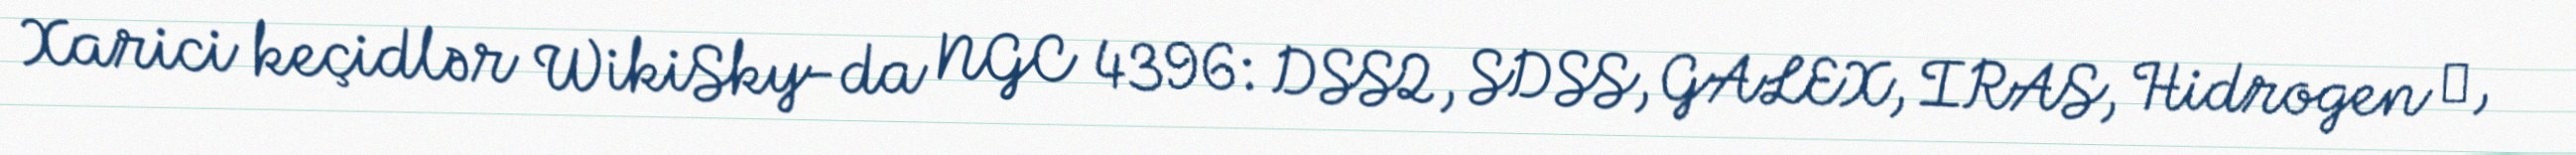
Xarici keçidlər WikiSky-da NGC 4396: DSS2, SDSS, GALEX, IRAS, Hidrogen α,